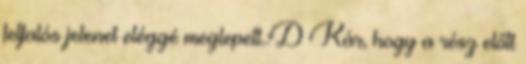
felfalós jelenet eléggé meglepett.:D Kár, hogy a rész előtt